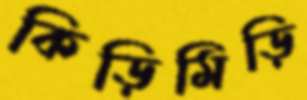
কিড়িমিড়ি